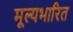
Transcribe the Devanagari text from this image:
मूल्यभारित